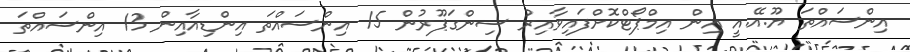
އިންސައްތަ ޔޫ.އޭ.އީ އިން އިމްޕޯޓްކޮށްފައިވާއިރު ސިންގަޕޫރުން 15 އިންސައްތަ އިންޑިއާއިން 13 އިންސައްތަ